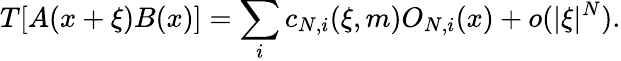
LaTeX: T[A(x+\xi)B(x)]=\sum_{i}c_{N,i}(\xi,m)O_{N,i}(x)+o(\vert\xi\vert^{N}).